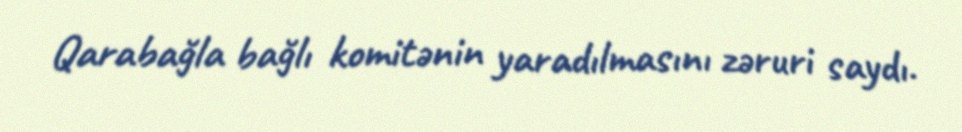
Qarabağla bağlı komitənin yaradılmasını zəruri saydı.